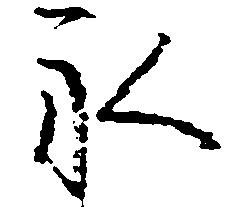
永